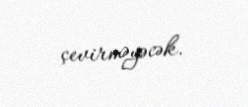
çevirməyəcək.